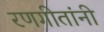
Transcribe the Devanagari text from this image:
रणगीतांनी